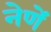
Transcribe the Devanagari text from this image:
नेणें